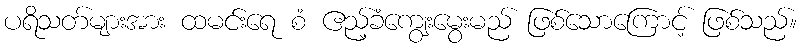
ပရိသတ်များအား ထမင်းရေ စံ ဧည့်ခံကျွေးမွေးမည် ဖြစ်သောကြောင့် ဖြစ်သည်။